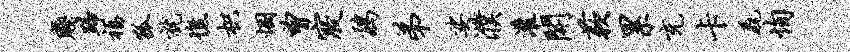
贱蹄福狐就憔枳悃曾寝鸡弟娑濮灌开蔌累充卡毳恂